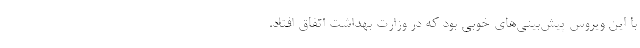
با این ویروس پیش‌بینی‌های خوبی بود که در وزارت بهداشت اتفاق افتاد.